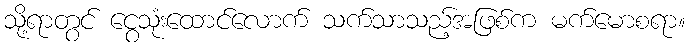
သို့ရာတွင် ငွေသုံးထောင်လောက် သက်သာသည့်အဖြစ်က မက်မောစရာ။